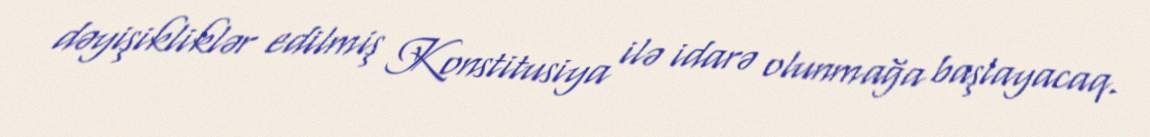
dəyişikliklər edilmiş Konstitusiya ilə idarə olunmağa başlayacaq.